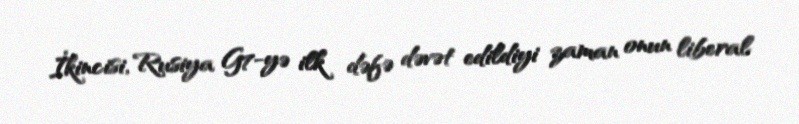
İkincisi, Rusiya G7-yə ilk dəfə dəvət edildiyi zaman onun liberal